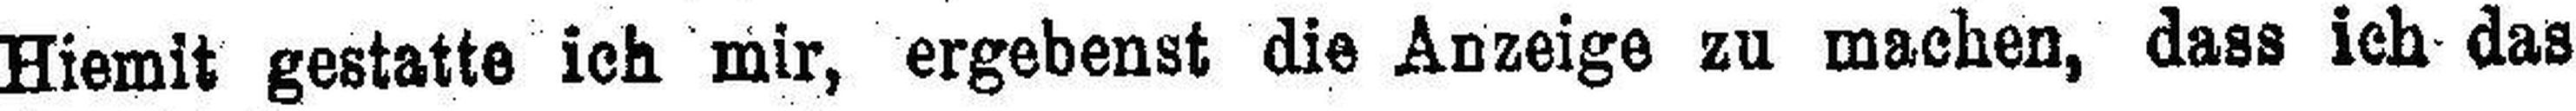
Hiemit gestatte ich mir, ergebenst die Anzeige zu machen, dass ich das